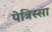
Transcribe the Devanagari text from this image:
पेत्रिस्सा